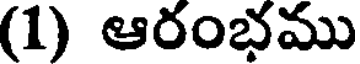
(1) ఆరంభము